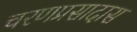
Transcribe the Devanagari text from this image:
चरणप्रसादास